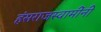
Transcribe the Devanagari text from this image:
हंसराजस्वामींनी